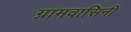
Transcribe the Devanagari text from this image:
ग्रामवासिनी